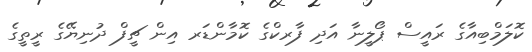
ކޮލަމްބިއާގެ ރައީސް ޕޯލީނާ އަދި ފާރކްގެ ކޮމާންޑަރ އިން ޗީފް ދުނިޔޭގެ ރީތީގެ